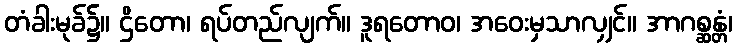
တံခါးမုခ်၌။ ဌိတော၊ ရပ်တည်လျက်။ ဒူရတောဝ၊ အဝေးမှသာလျှင်။ အာဂစ္ဆန္တံ၊